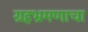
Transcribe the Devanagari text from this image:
ग्रहभ्रमणाचा